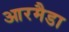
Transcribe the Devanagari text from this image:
आरमैडा